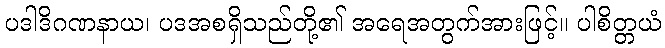
ပဒါဒိဂဏနာယ၊ ပဒအစရှိသည်တို့၏ အရေအတွက်အားဖြင့်။ ပါစိတ္တယံ